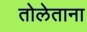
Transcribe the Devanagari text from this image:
तोलेताना